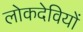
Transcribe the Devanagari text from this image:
लोकदेवियों